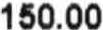
150.00